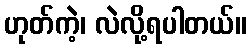
ဟုတ်ကဲ့၊ လဲလို့ရပါတယ်။